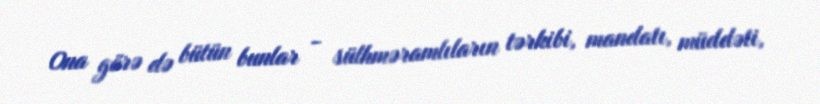
Ona görə də bütün bunlar - sülhməramlıların tərkibi, mandatı, müddəti,